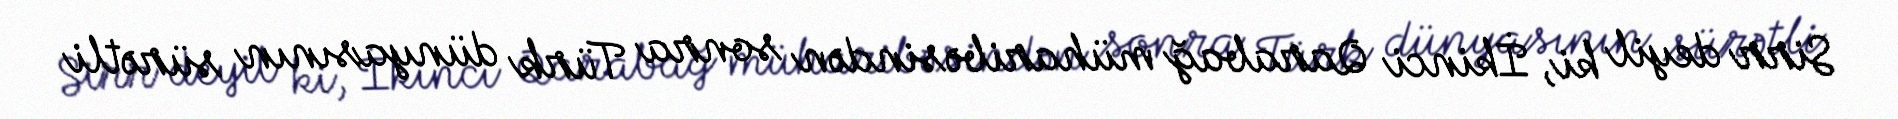
Sirr deyil ki, İkinci Qarabağ müharibəsindən sonra Türk dünyasının sürətli